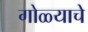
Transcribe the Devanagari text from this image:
गोळ्याचे